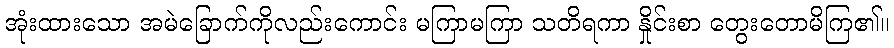
အုံးထားသော အမဲခြောက်ကိုလည်းကောင်း မကြာမကြာ သတိရကာ နှိုင်းစာ တွေးတောမိကြ၏။